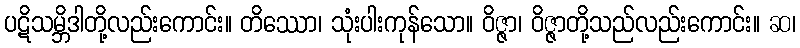
ပဋိသမ္ဘိဒါတို့လည်းကောင်း။ တိဿော၊ သုံးပါးကုန်သော။ ဝိဇ္ဇာ၊ ဝိဇ္ဇာတို့သည်လည်းကောင်း။ ဆ၊